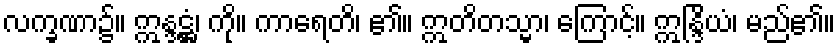
လက္ခဏာ၌။ ဣန္ဒဋ္ဌံ၊ ကို။ ကာရေတိ၊ ၏။ ဣတိတသ္မာ၊ ကြောင့်။ ဣန္ဒြိယံ၊ မည်၏။